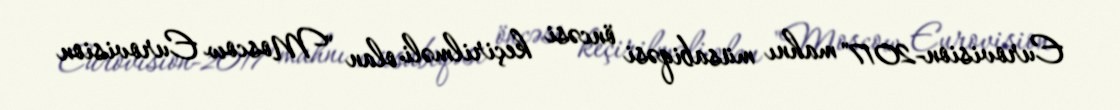
Eurovision-2017" mahnı müsabiqəsi öncəsi keçirilməli olan "Moscow Eurovision